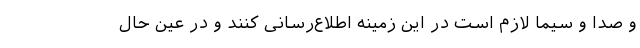
و صدا و سیما لازم است در این زمینه اطلاع‌رسانی کنند و در عین حال